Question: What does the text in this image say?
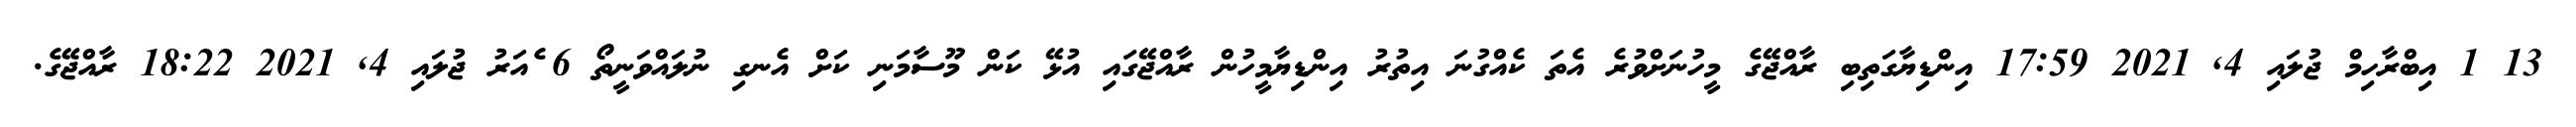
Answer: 13 1 އިބްރާހިމް ޖުލައި 4, 2021 17:59 އިންޑިޔާގަތިބި ރާއްޖޭގެ މީހުނަށްވުރެ އެތަ ކެއްގުނަ އިތުރު އިންޑިޔާމީހުން ރާއްޖޭގައި އުޅޭ ކަން މޫސާމަނި ކަށް އެނގި ނުލައްވަނީތޯ 6 ެއަރު ޖުލައި 4, 2021 18:22 ރާއްޖޭގެ.